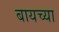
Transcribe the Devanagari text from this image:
बायच्या